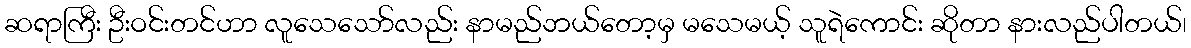
ဆရာကြီး ဦးဝင်းတင်ဟာ လူသေသော်လည်း နာမည်ဘယ်တော့မှ မသေမယ့် သူရဲကောင်း ဆိုတာ နားလည်ပါတယ်၊